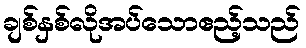
ချစ်နှစ်လိုအပ်သောဧည့်သည်